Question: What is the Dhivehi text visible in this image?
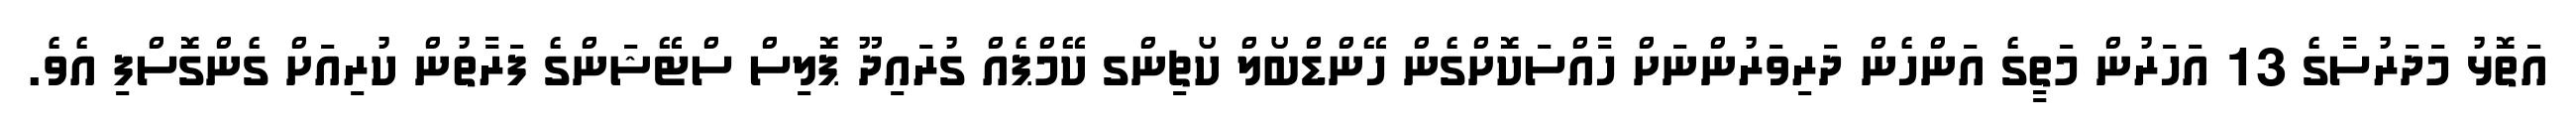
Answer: އަތޮޅު މަދަރުސާގެ 13 އަހަރުން މަތީގެ އަންހެން ދަރިވަރުންނަށް ހާއްސަކޮށްގެން ހޭންޑްބޯލް ކޯޗިންގ ކޭމްޕެއް ގުރައިދޫ ޕޮލިސް ސްޓޭޝަންގެ ފަރާތުން ކުރިއަށް ގެންގޮސްފި އެވެ.